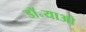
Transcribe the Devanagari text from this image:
डॉ॰याओ